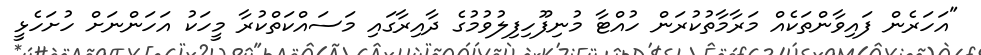
"އަހަރެން ފައިވާންތަކެއް މަރާމާތުކުރަން ހުއްޓާ މުނިފޫހިފިލުވުމުގެ ދާއިރާގައި މަސައްކަތްކުރާ މީހަކު އަހަންނަށް ހުށަހެޅީ